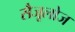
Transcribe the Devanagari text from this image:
सैजूलोज